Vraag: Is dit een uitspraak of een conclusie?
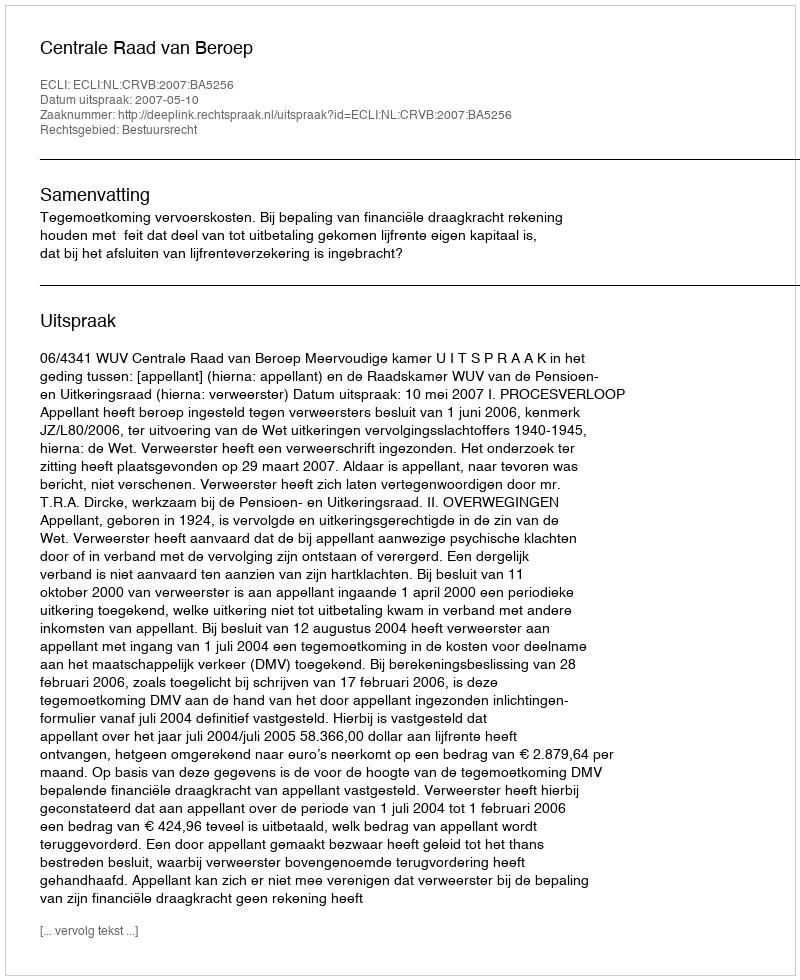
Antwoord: Uitspraak